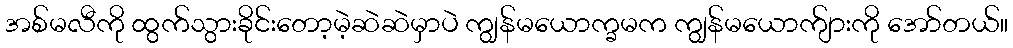
အစ်မလီကို ထွက်သွားခိုင်းတော့မဲ့ဆဲဆဲမှာပဲ ကျွန်မယောက္ခမက ကျွန်မယောက်ျားကို အော်တယ်။